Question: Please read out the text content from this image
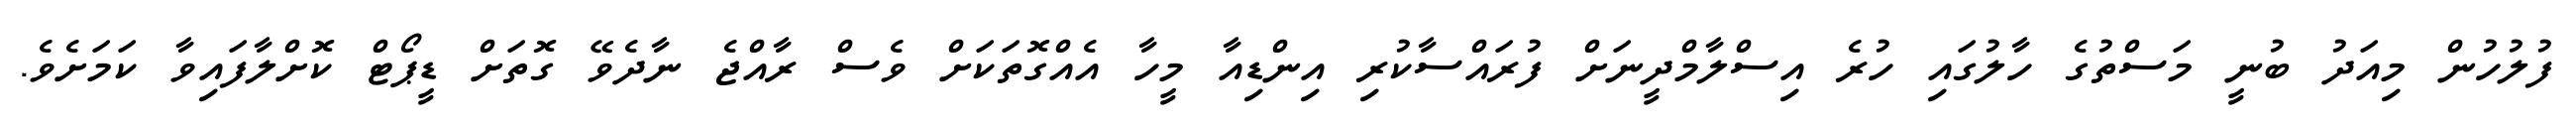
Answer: ފުލުހުން މިއަދު ބުނީ މަސްތުގެ ހާލުގައި ހުރެ އިސްލާމްދީނަށް ފުރައްސާކުރި އިންޑިއާ މީހާ އެއްގޮތަކަށް ވެސް ރާއްޖެ ނާދެވޭ ގޮތަށް ޑީޕޯޓް ކޮށްލާފައިވާ ކަމަށެވެ.